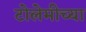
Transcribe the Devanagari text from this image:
टोलेमीच्या